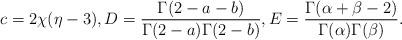
LaTeX: \begin{align*}c=2\chi(\eta-3),D=\frac{\Gamma(2-a-b)}{\Gamma(2-a)\Gamma(2-b)},E=\frac{\Gamma(\alpha+\beta-2)}{\Gamma(\alpha)\Gamma(\beta)}.\end{align*}